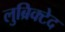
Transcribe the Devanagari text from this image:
लुब्रिक्टेद